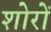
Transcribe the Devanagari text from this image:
शोरों